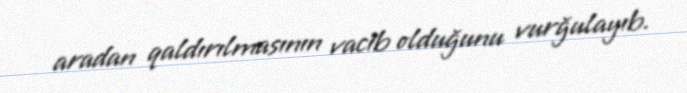
aradan qaldırılmasının vacib olduğunu vurğulayıb.